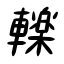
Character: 轢